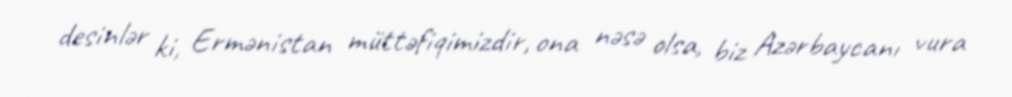
desinlər ki, Ermənistan müttəfiqimizdir, ona nəsə olsa, biz Azərbaycanı vura